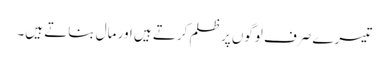
تیسرے صرف لوگوں پر ظلم کرتے ہیں اور مال بناتے ہیں۔